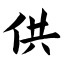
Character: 供